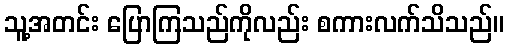
သူ့အတင်း ပြောကြသည်ကိုလည်း စကားလက်သိသည်။